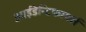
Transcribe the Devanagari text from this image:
आईडेन्टिफायर्स